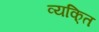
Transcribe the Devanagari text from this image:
व्यकि्‌त